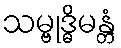
သမ္ဗုဒ္ဓိမန္တံ